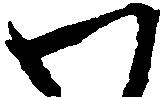
わ